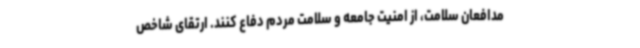
مدافعان سلامت، از امنیت جامعه و سلامت مردم دفاع کنند. ارتقای شاخص